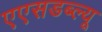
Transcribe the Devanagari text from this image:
एएसडब्ल्यू